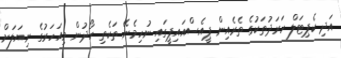
އަދި ކެޕިޓަލް ހަރަދުތަކުގެ ތެރެއިން ޕީއެސްއައިޕީގައި ނުހިމެނޭ ތަކެތި ހޯދުން މިއަހަރުގެ ނިޔަލަށް